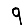
Digit: 9